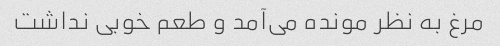
مرغ به نظر مونده می‌آمد و طعم خوبی نداشت